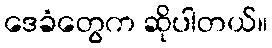
ဒေခံတွေက ဆိုပါတယ်။